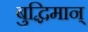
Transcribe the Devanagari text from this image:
बुद्धिमान्‌